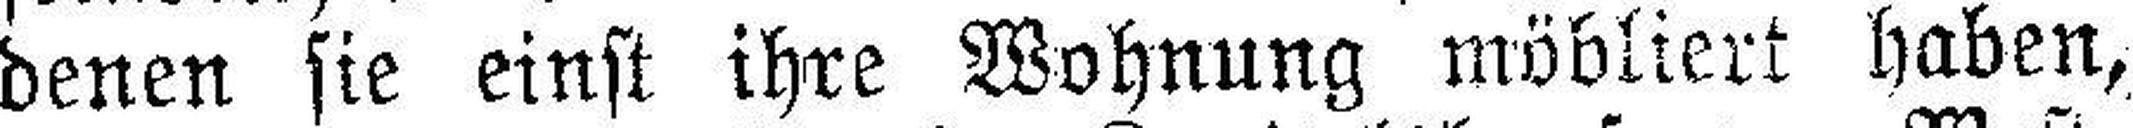
denen sie einst ihre Wohnung möbliert haben,